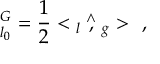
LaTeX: \O _ { l _ { 0 } } ^ { G } = \frac { 1 } { 2 } < \o _ { l } \stackrel { \wedge } { , } \o _ { g } > \ \ ,